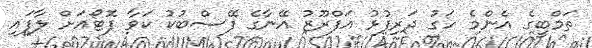
ތަމްބީގެ އެންމެ ހަގު ދަރިފުޅު އަފްރޫޒު އޭނާގެ ފޭސްބުކު ކަވާ ފޮޓޯއަށް ލާފައި